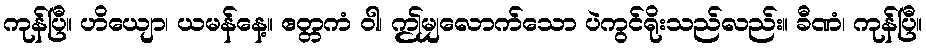
ကုန်ပြီ။ ဟိယျော၊ ယမန်နေ့။ ဧတ္တကံ ဝါ၊ ဤမျှလောက်သော ပဲကွင်ရိုးသည်လည်း။ ခီဏံ၊ ကုန်ပြီ။